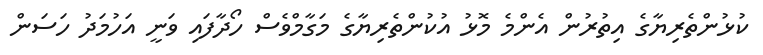
ކުޅުންތެރިޔާގެ އިތުރުން އެންމެ މޮޅު އުކުންތެރިޔާގެ މަގާމްވެސް ހޯދާފައި ވަނީ އަހުމަދު ހަސަން